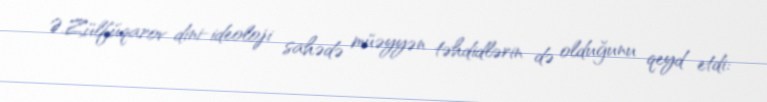
Ə.Zülfüqarov dini-ideoloji sahədə müəyyən təhdidlərin də olduğunu qeyd etdi: